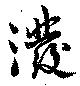
溌